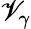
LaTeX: \mathscr{V}_{\gamma}